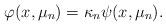
LaTeX: \begin{align*}\varphi(x, \mu_n) = \kappa_n \psi(x, \mu_n).\end{align*}